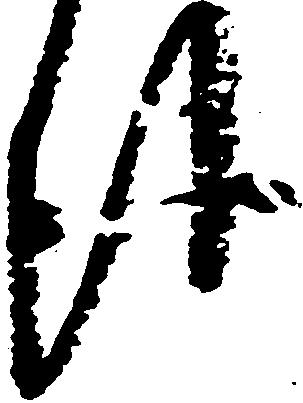
報